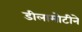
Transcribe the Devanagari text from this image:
डीलामोटीने